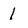
Character: 1